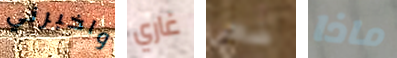
واخبرني غاري ضعى ماذا